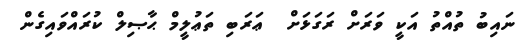
ނައިބު ތުއްތު އަކީ ވަރަށް ރަގަޅަށް  ޢަރަބި ތަޢުލީމް ޙާޞިލް ކުރައްވައިގެން